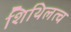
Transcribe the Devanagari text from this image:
शिथिलत्व